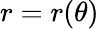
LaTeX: r=r(\theta)